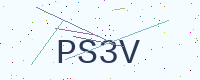
Text: PS3V